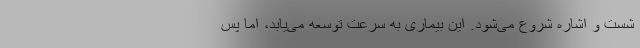
شست و اشاره شروع می‌شود. این بیماری به سرعت توسعه می‌یابد، اما پس